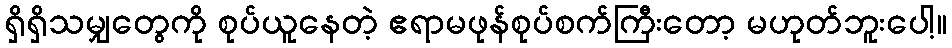
ရှိရှိသမျှတွေကို စုပ်ယူနေတဲ့ ဧရာမဖုန်စုပ်စက်ကြီးတော့ မဟုတ်ဘူးပေါ့။